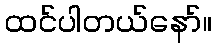
ထင်ပါတယ်နော်။